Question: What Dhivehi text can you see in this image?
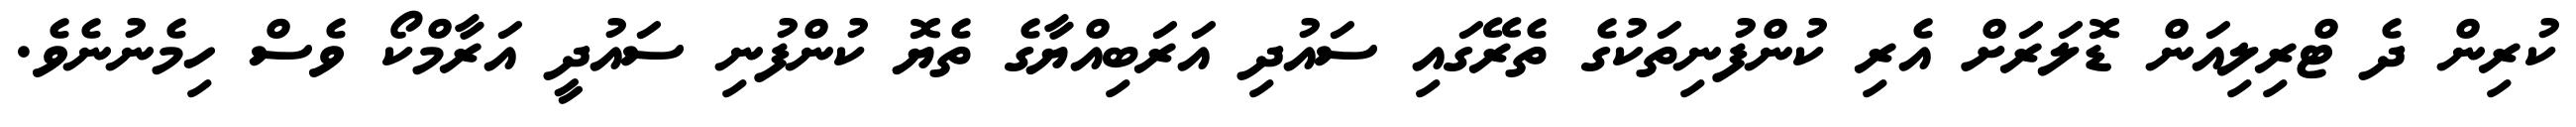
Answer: ކުރިން ދެ ޓްރިލިއަން ޑޮލަރަށް އެރި ކުންފުނިތަކުގެ ތެރޭގައި ސައުދި އަރަބިއްޔާގެ ތެޔޮ ކުންފުނި ސައުދީ އަރާމްކޯ ވެސް ހިމެނުނެވެ.